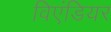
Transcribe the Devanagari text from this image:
विएंडियर